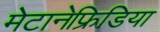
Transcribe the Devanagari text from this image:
मेटानेफ्रिडिया